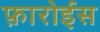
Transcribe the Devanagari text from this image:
फ़ारोईस